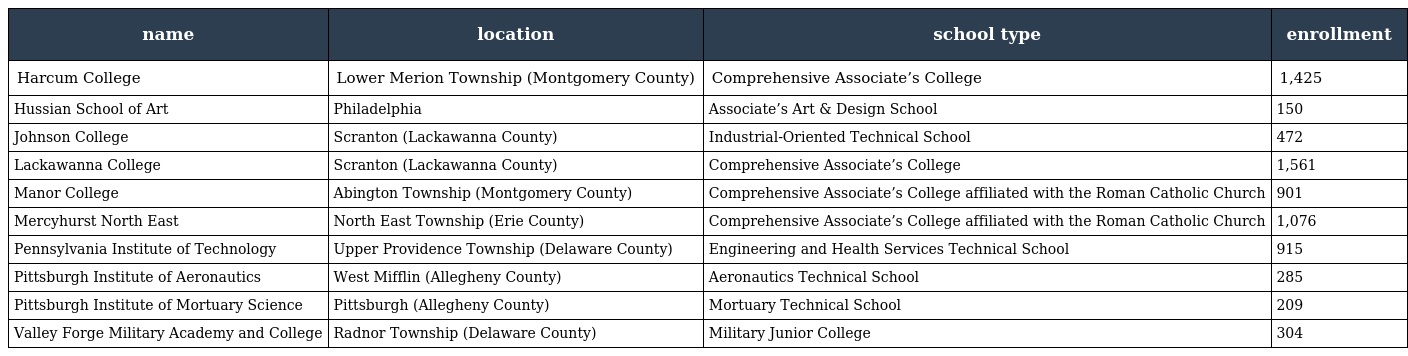
| name | location | school type | enrollment |
 | --- | --- | --- | --- |
 | Harcum College | Lower Merion Township (Montgomery County) | Comprehensive Associate’s College | 1,425 |
 | Hussian School of Art | Philadelphia | Associate’s Art & Design School | 150 |
 | Johnson College | Scranton (Lackawanna County) | Industrial-Oriented Technical School | 472 |
 | Lackawanna College | Scranton (Lackawanna County) | Comprehensive Associate’s College | 1,561 |
 | Manor College | Abington Township (Montgomery County) | Comprehensive Associate’s College affiliated with the Roman Catholic Church | 901 |
 | Mercyhurst North East | North East Township (Erie County) | Comprehensive Associate’s College affiliated with the Roman Catholic Church | 1,076 |
 | Pennsylvania Institute of Technology | Upper Providence Township (Delaware County) | Engineering and Health Services Technical School | 915 |
 | Pittsburgh Institute of Aeronautics | West Mifflin (Allegheny County) | Aeronautics Technical School | 285 |
 | Pittsburgh Institute of Mortuary Science | Pittsburgh (Allegheny County) | Mortuary Technical School | 209 |
 | Valley Forge Military Academy and College | Radnor Township (Delaware County) | Military Junior College | 304 |